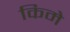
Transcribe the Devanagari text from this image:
किमे